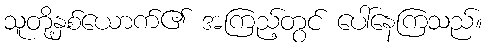
သူတို့နှစ်ယောက်၏ အကြည့်တွင် ပေါ်နေကြသည်။